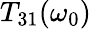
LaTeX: T_{31}(\omega_{0})